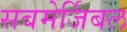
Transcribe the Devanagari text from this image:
सबमेर्जिबल